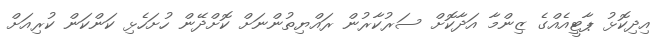
އިދިކޮޅު ޕާޓީއެއްގެ ޒިންމާ އަދާކޮށް ސަރުކާރުން ރައްޔިތުންނަށް ކޮށްދޭން ހުށަހެޅި ކަންކަން ކުރިއަށް